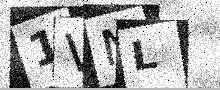
Text: 1VNL